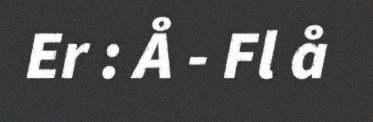
Er : Å - Fl å